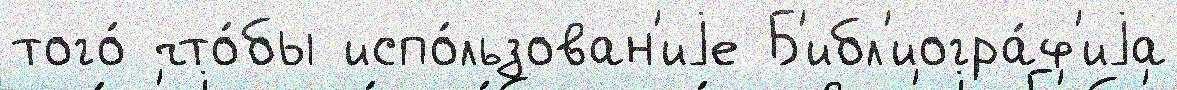
того́ что́бы испо́льзован'иjе Б'ибл'иогра́ф'иjа